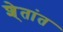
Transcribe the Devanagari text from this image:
शे्तांत